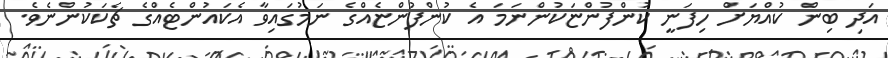
އަދި ބިން ކުއްޔަށް ހިފަނީ ކުންފުންޏަކުންނަމަ އެ ކުންފުންޏެއްގެ ނަމުގައިވާ އެކައުންޓެއްގެ ޗެކަކުންނެވެ.